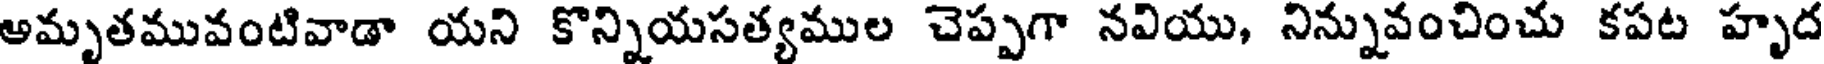
అమృతమువంటివాడా యని కొన్నియసత్యముల చెప్పగా నవియు, నిన్నువంచించు కపట హృద